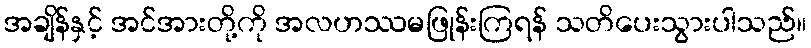
အချိန်နှင့် အင်အားတို့ကို အလဟဿမဖြုန်းကြရန် သတိပေးသွားပါသည်။